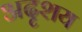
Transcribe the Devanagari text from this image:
अदृशय